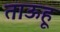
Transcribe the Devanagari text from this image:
ताऊहू